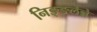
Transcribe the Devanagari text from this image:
निङ्ङलेन्ने